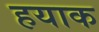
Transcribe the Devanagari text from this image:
हयाक